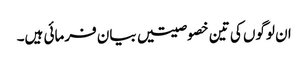
ان لوگوں کی تین خصوصیتیں بیان فرمائی ہیں۔